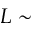
L \sim